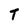
Character: T